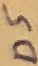
Text: D5